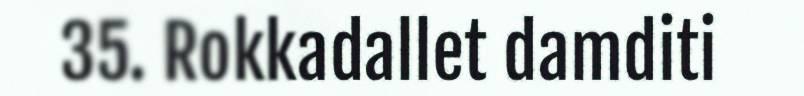
35. Rokkadallet damditi